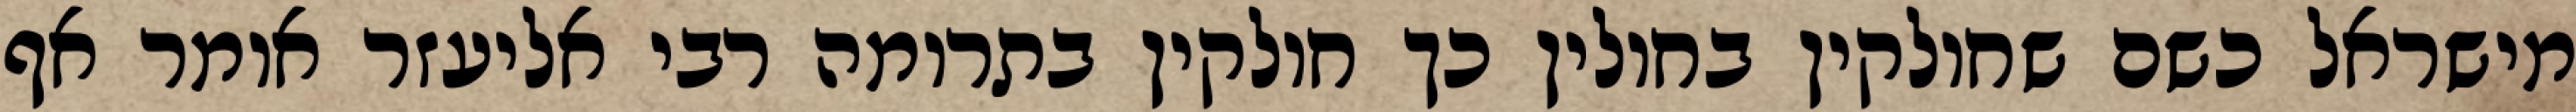
מישראל כשם שחולקין בחולין כך חולקין בתרומה רבי אליעזר אומר אף